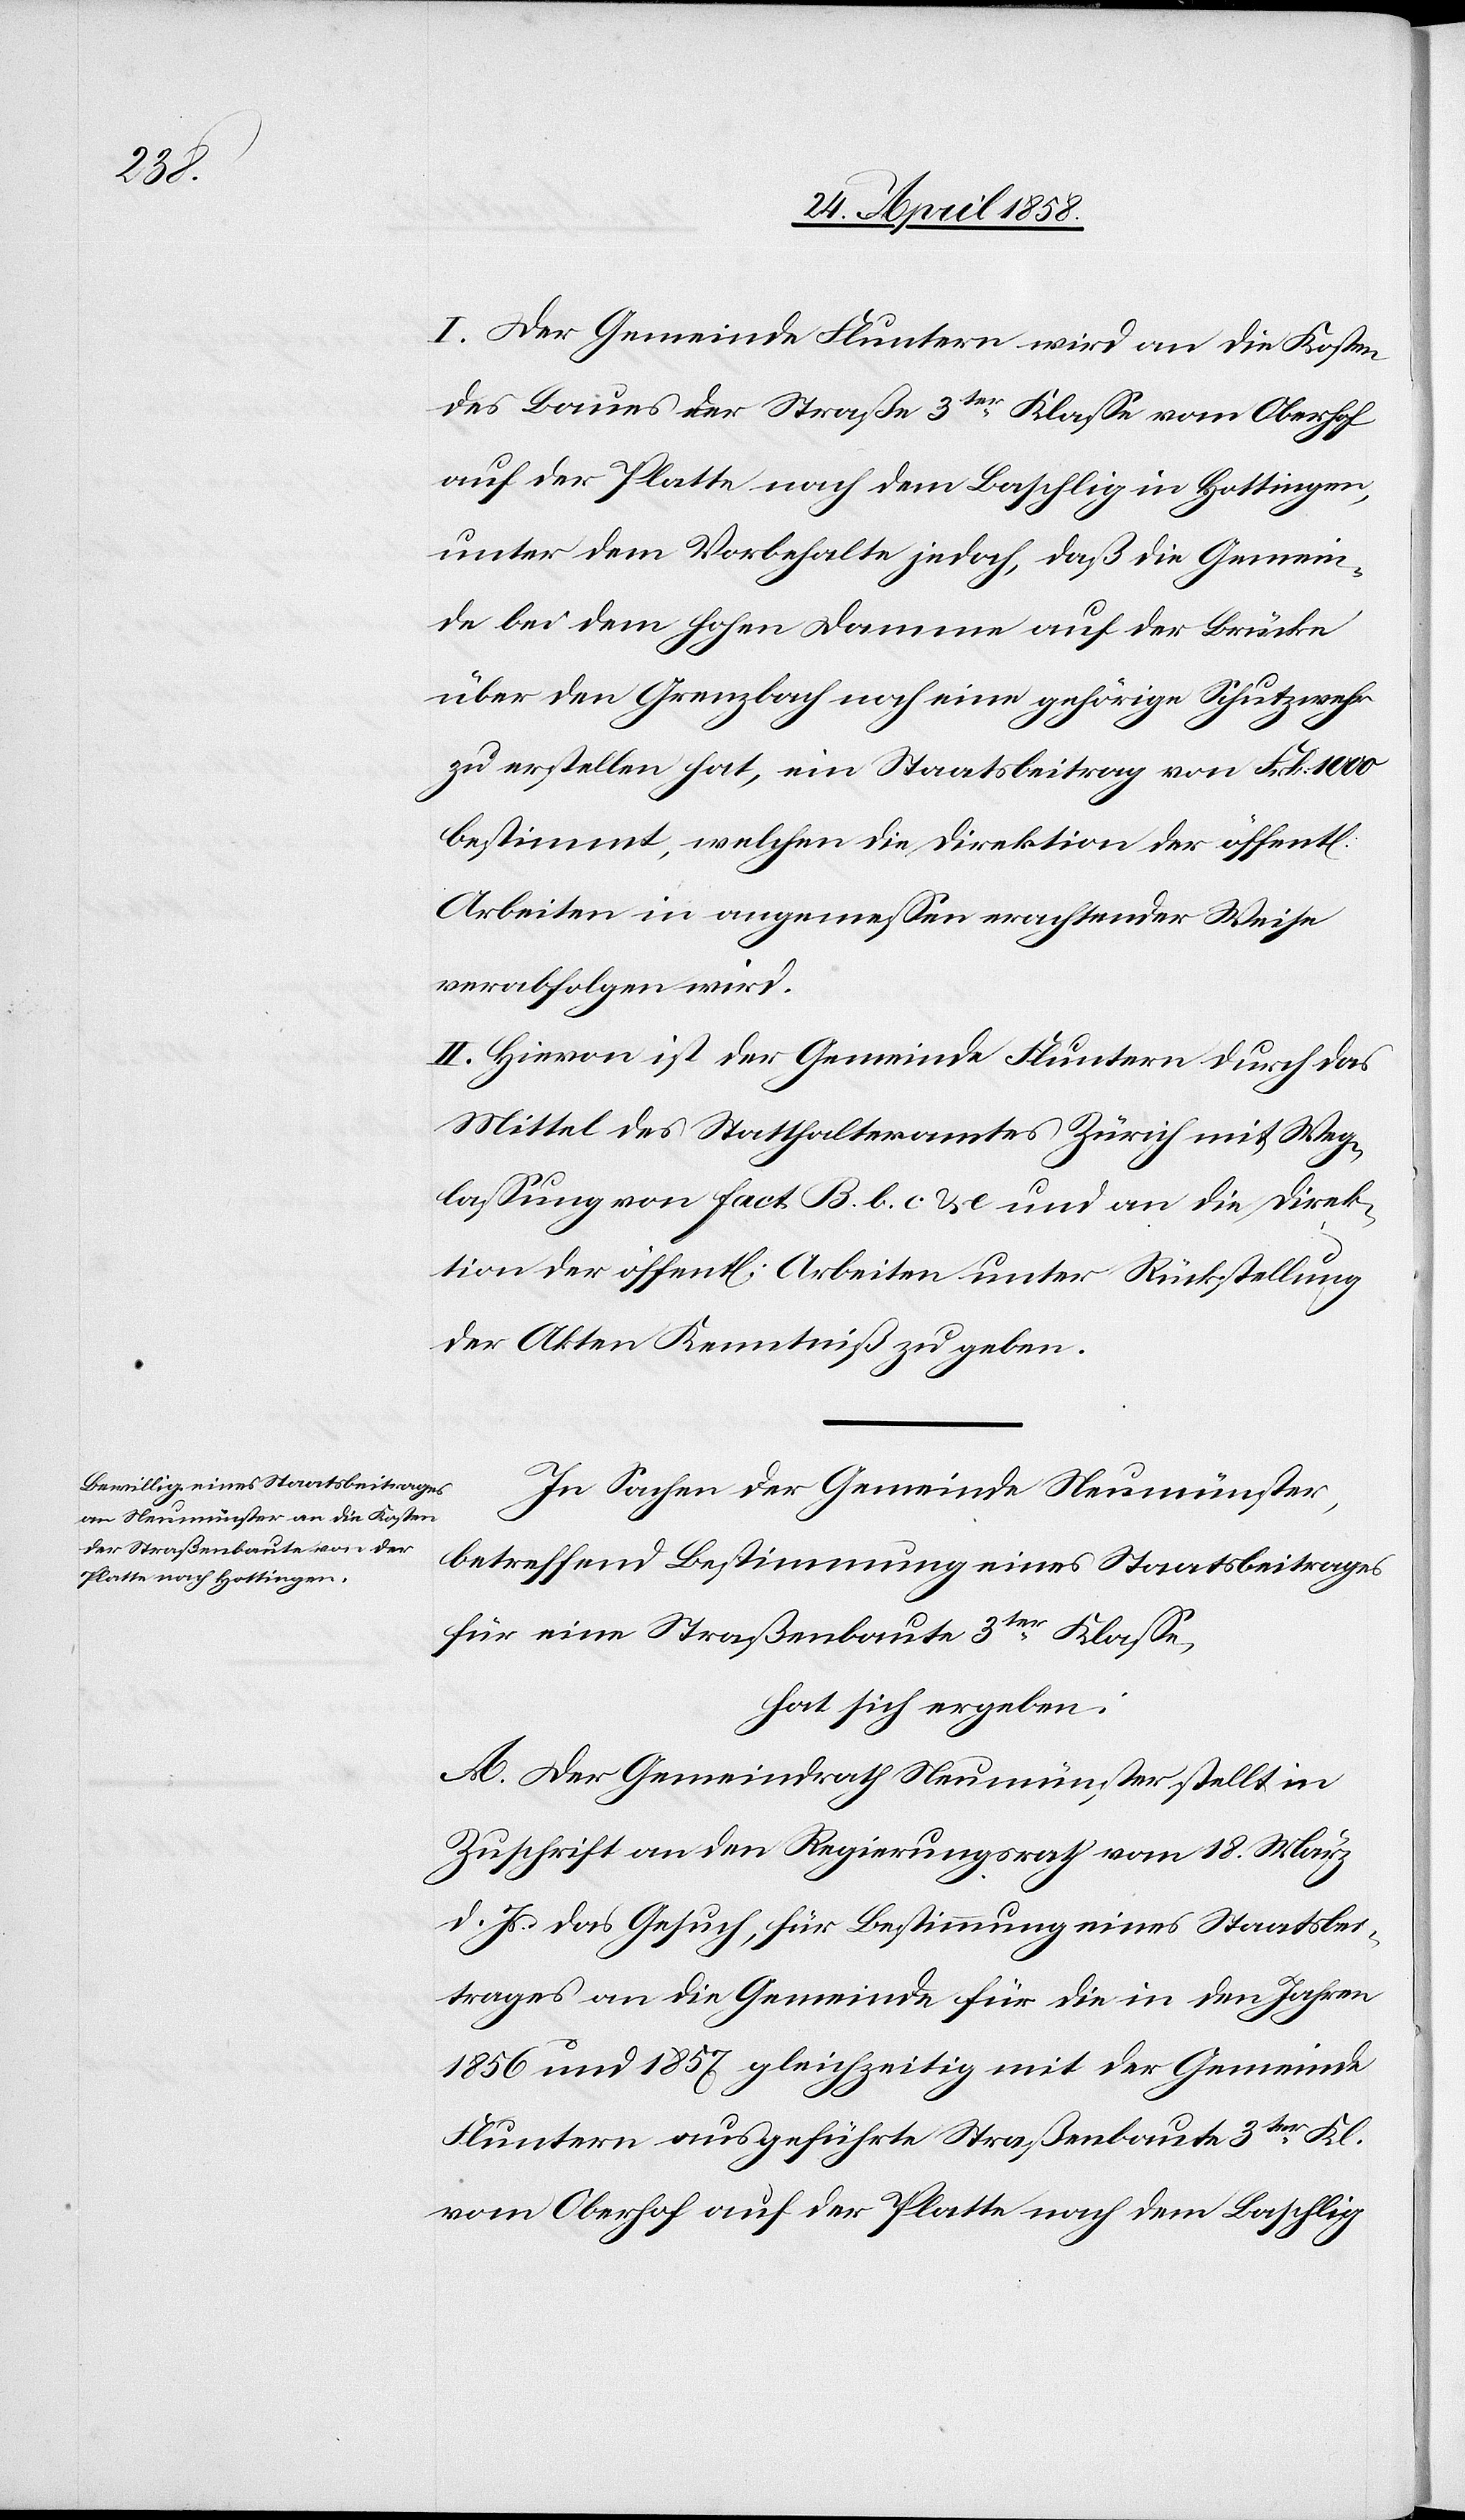
chen]

I. Der Gemeinde Fluntern wird an die Kosten
des Baues der Straße 3ter Klasse vom Oberhof
auf der Platte nach dem Baschlig in Hottingen,
unter dem Vorbehalte jedoch, daß die Gemein¬
de bei dem hohen Damme auf der Brücke
über den Grenzbach noch eine gehörige Schutzwehr
zu erstellen hat, ein Staatsbeitrag von Frk. 1000
bestimmt, welchen die Direktion der öffentl[i¬
Arbeiten in angemessen erachtender Weise
verabfolgen wird.
II. Hievon ist der Gemeinde Fluntern durch das
Mittel des Statthalteramtes Zürich mit Weg¬
lassung von Fact. B. b. c. u. e und an die Direk¬
tion der öffent[lichen] Arbeiten unter Rückstellung
der Akten Kenntniß zu geben.
In Sachen der Gemeinde Neumünster,
betreffend Bestimmung eines Staatsbeitrages
für eine Straßenbaute 3ter Klase,
hat sich ergeben:
A. Der Gemeindrath Neumünster stellt in
Zuschrift an den Regierungsrath vom 18. März
d. Js. das Gesuch, für Bestimmung eines Staatsbei¬
trages an die Gemeinde für die in den Jahren
1856 u. 1857 gleichzeitig mit der Gemeinde
Fluntern ausgeführte Straßenbaute 3ter Kl.
vom Oberhof auf der Platte nach dem Baschlig